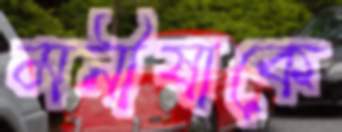
মনীষাকে